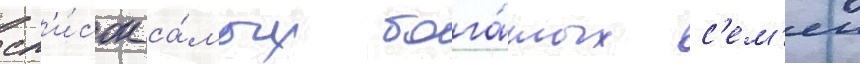
сп'и́сок са́мых бога́тых с'ем'еи